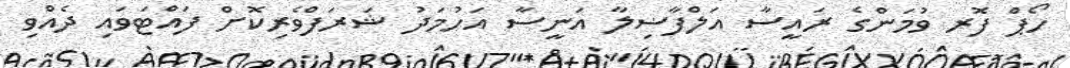
ހޯޕް ފޮރ ވުމަންގެ ރައީސާ އަލްފާޟިލާ އަނީސާ އަހުމަދު ޝަރަފްވެރިކޮށް ފައްޓަވައި ދެއްވި